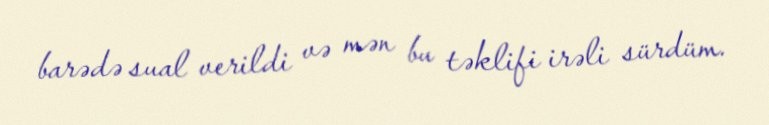
barədə sual verildi və mən bu təklifi irəli sürdüm.